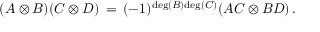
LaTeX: ( A \otimes B ) ( C \otimes D ) \, = \, ( - 1 ) ^ { \mathrm { d e g } ( B ) \mathrm { d e g } ( C ) } ( A C \otimes B D ) \, .